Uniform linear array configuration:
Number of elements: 16
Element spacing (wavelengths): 0.75
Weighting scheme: uniform
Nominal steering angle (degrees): -45
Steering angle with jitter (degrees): -44.282
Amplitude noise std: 0.05
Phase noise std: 0.05

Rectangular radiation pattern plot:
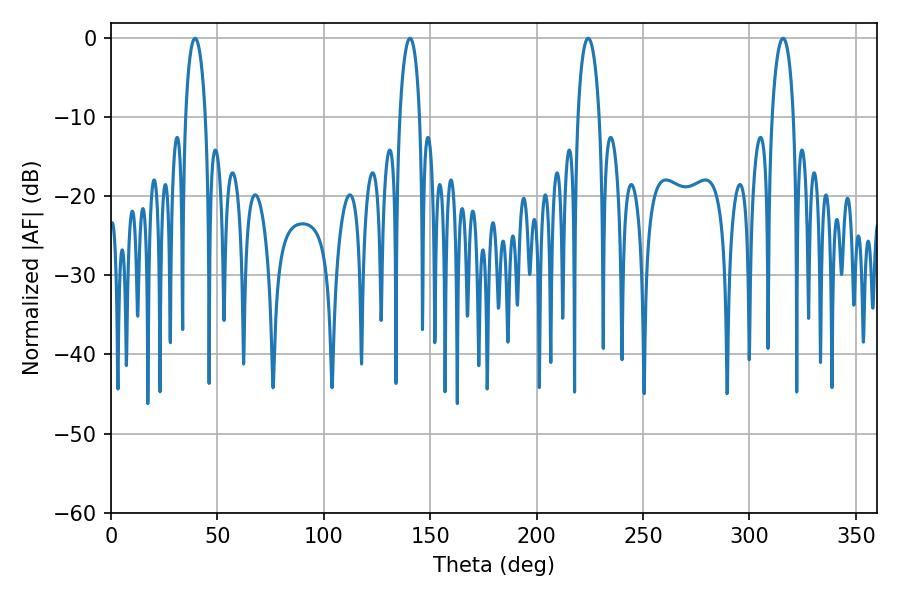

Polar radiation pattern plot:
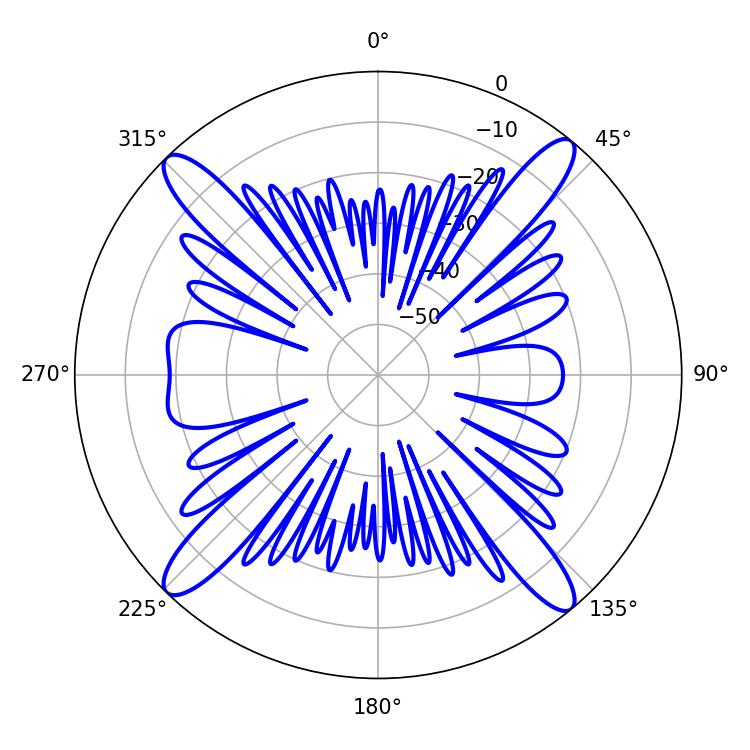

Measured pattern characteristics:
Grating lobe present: TRUE
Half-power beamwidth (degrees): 5.76
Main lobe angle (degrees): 224.28